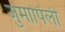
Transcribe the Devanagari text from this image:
जुमापिली